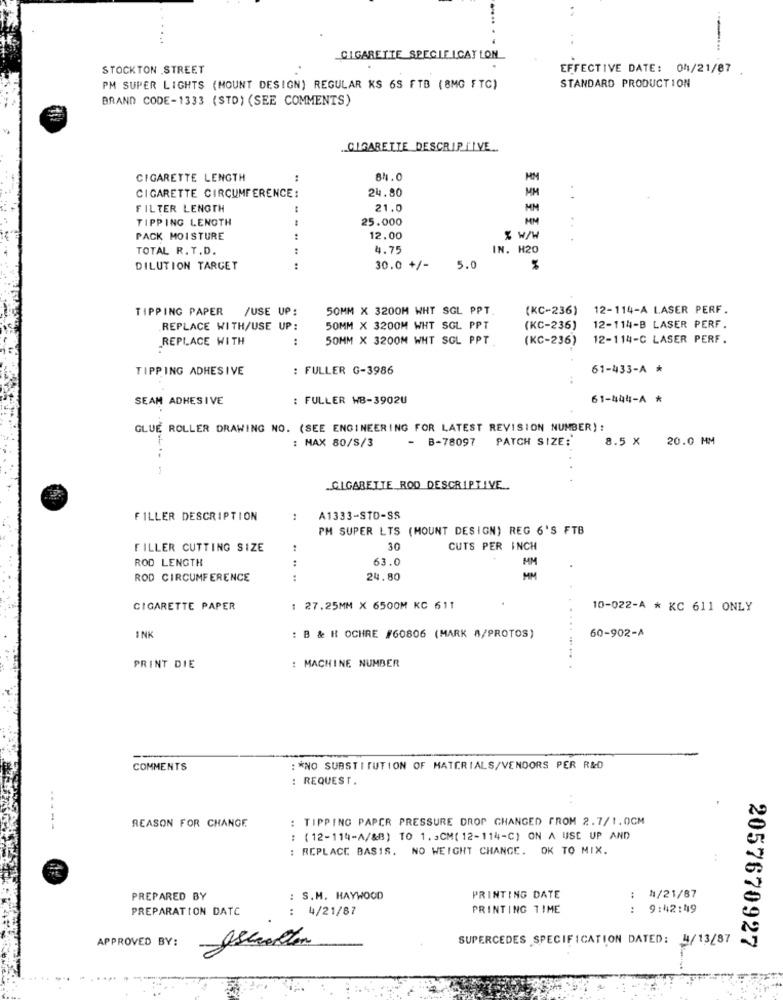
CIGARETTE SPECIE ICAY LON
STOCKTON STREET
EFFECTIVE DATE: 04/21/87
PM SUPER LIGHTS (NOUNT DESIGN) REGULAR KS 6S FTB (8MG FTC)
STANDARD PRODUCTION
BRAND CODE-1333 (STD) (SEE COMMENTS)
.. CIGARETTE DESCRIPTIVE ..
CIGARETTE LENGTH
:
84.0
HM
24.80
MM
CIGARETTE CIRCUMFERENCE:
FILTER LENGTH
21.0
MM
TIPPING LENGTH
25.000
MM
-.-
. .
PACK MOISTURE
12.00
% w/W
TOTAL R. T.D.
4.75
IN. H20
DILUTION TARGET
.. ..
30.0 +/-
5.0
TIPPING PAPER
/USE UP:
50MM X 3200M WHT SGL PPT.
(KC-236)
12-114-A LASER PERF.
REPLACE WITH/USE UP:
50MM X 3200M WHT SGL PPT
(KC-236)
12-114-B LASER PERF.
REPLACE WITH
:
50MM X 3200M WHT SGL PPT
(KC-236)
12-114-C LASER PERF.
TIPPING ADHESIVE
: FULLER G-3986
61-433-A *
SEAM ADHESIVE
FULLER WB-3902U
61-444-A *
GLUE ROLLER DRAWING NO. (SEE ENGINEERING FOR LATEST REVISION NUMBER) :
PATCH SIZE:
8.5 X 20.0 MM
: MAX 80/S/3
- B-78097
CIGARETTE ROD DESCRIPTIVE
FILLER DESCRIPTION
A1333-STD-SS
PH SUPER LTS (MOUNT DESIGN) REG 6'S FTB
FILLER CUTTING SIZE
30
CUTS PER INCH
ROD LENGTH
:
63.0
MM
ROD CIRCUMFERENCE
:
24.80
MM
CIGARETTE PAPER
27.25MM X 6500M KC 611
10-022-A * KC 611 ONLY
INK
: B & H OCHRE #60806 (MARK A/PROTOS)
60-902-A
PRINT DIE
: MACHINE NUMBER
COMMENTS
: * NO SUBSTITUTION OF MATERIALS/VENDORS PER R&D
: REQUEST .
REASON FOR CHANGE
: TIPPING PAPER PRESSURE DROP CHANGED FROM 2.7/1.0CM
-----
: (12-114-A/&B) TO 1. 5CM( 12-114-C) ON A USE UP AND
: REPLACE BASIS. NO WEIGHT CHANGE. OK TO MIX.
PREPARED BY
: S.H. HAYWOOD
PRINTING DATE
:
4/21/87
PREPARATION DATC
4/21/87
..
PRINTING TIME
:
9:42:49
APPROVED BY:
SUPERCEDES SPECIFICATION DATED: 4/13/87
2057670927